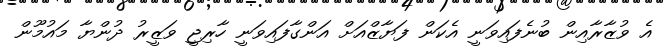
އެ ވުޒާރާއިން ބުނެފައިވަނީ އެކަން ފަޔާޒްއަށް އަންގާފައިވަނީ ހާރިޖީ ވަޒީރު ދުންޔާ މައުމޫން